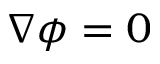
\nabla \boldsymbol \phi = 0